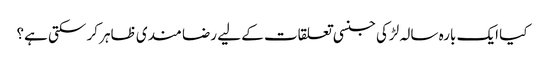
کیا ایک بارہ سالہ لڑکی جنسی تعلقات کے لیے رضا مندی ظاہر کر سکتی ہے؟